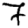
Digit: 7